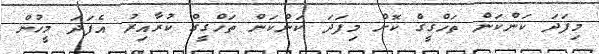
މިފަދަ ކަންކަން ތަހްގީގް ކޮށް މިފަދަ ކަންކަން ތަހްގީގް ކުރާއިރު އެފަދަ މީހުން